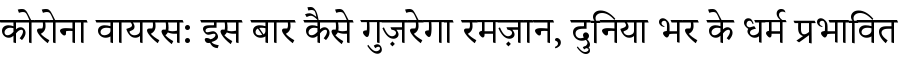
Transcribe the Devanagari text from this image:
कोरोना वायरस: इस बार कैसे गुज़रेगा रमज़ान, दुनिया भर के धर्म प्रभावित